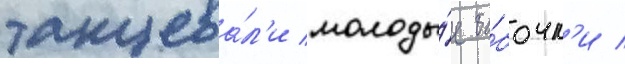
танцева́л'и молоды́е ба́бочк'и /